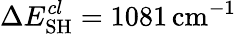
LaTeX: \Delta E_{\mathrm{SH}}^{cl}=1081\, \mathrm{cm}^{-1}